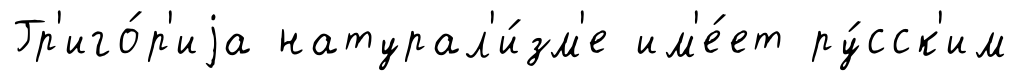
Гр'иго́р'иjа натурал'и́зм'е им'е́ет ру́сск'им